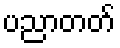
ပညာတတ်